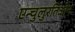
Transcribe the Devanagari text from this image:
एन्चुलुरतिओन